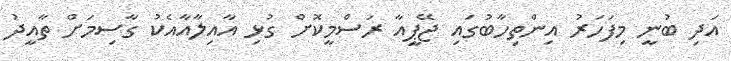
އަދި ބުނީ މިފަހަރު އިންތިހާބުގައި ޖޭޕީއާ ރަސްމީކޮށް ގުޅި އާއިލާއާއެކު ގާސިމަށް ތާއީދު